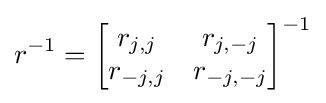
r^{-1}={\begin{bmatrix}r_{j,j}&r_{j,-j}\\r_{-j,j}&r_{-j,-j}\end{bmatrix}}^{-1}